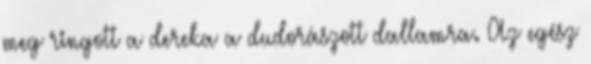
meg ringott a dereka a dudorászott dallamra. Az egész